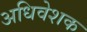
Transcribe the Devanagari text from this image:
अधिवेशक